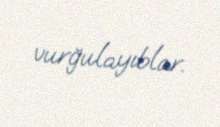
vurğulayıblar.